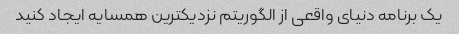
یک برنامه دنیای واقعی از الگوریتم نزدیکترین همسایه ایجاد کنید